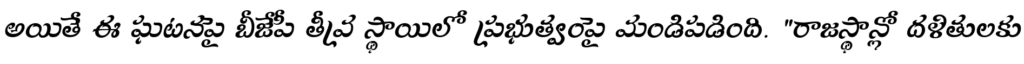
అయితే ఈ ఘటనపై బీజేపీ తీవ్ర స్థాయిలో ప్రభుత్వంపై మండిపడింది. "రాజస్థాన్లో దళితులకు